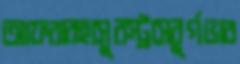
আফরারহাসুরস্ট্রাসবুর্গভাব